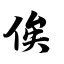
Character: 俟